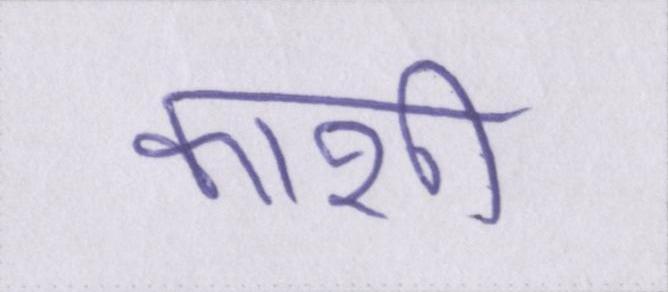
काशी